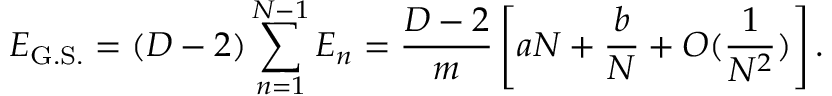
E _ { \mathrm { G . S . } } = ( D - 2 ) \sum _ { n = 1 } ^ { N - 1 } E _ { n } = { \frac { D - 2 } { m } } \left[ a N + { \frac { b } { N } } + O ( { \frac { 1 } { N ^ { 2 } } } ) \right] .